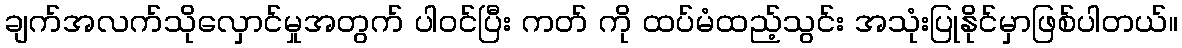
ချက်အလက်သိုလှောင်မှုအတွက် ပါဝင်ပြီး ကတ် ကို ထပ်မံထည့်သွင်း အသုံးပြုနိုင်မှာဖြစ်ပါတယ်။